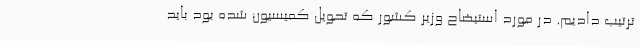
ترتیب دادیم. در مورد استیضاح وزیر کشور که تحویل کمیسیون شده بود باید